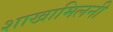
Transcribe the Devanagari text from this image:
शाखामिलनी